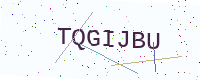
Text: TQGIJBU